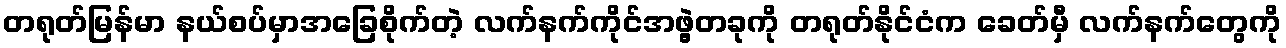
တရုတ်မြန်မာ နယ်စပ်မှာအခြေစိုက်တဲ့ လက်နက်ကိုင်အဖွဲ့တခုကို တရုတ်နိုင်ငံက ခေတ်မှီ လက်နက်တွေကို